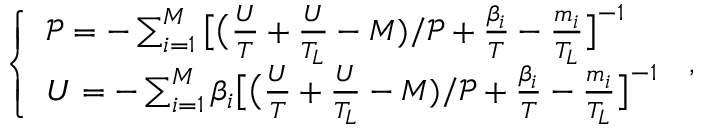
\left\{ \begin{array} { l l } { \mathcal { P } = - \sum _ { i = 1 } ^ { M } \big [ \big ( \frac { U } { T } + \frac { U } { T _ { L } } - M ) / \mathcal { P } + \frac { \beta _ { i } } { T } - \frac { m _ { i } } { T _ { L } } \big ] ^ { - 1 } } \\ { U = - \sum _ { i = 1 } ^ { M } \beta _ { i } \big [ \big ( \frac { U } { T } + \frac { U } { T _ { L } } - M ) / \mathcal { P } + \frac { \beta _ { i } } { T } - \frac { m _ { i } } { T _ { L } } \big ] ^ { - 1 } } \end{array} \right. \, ,